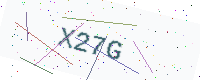
Text: X27G